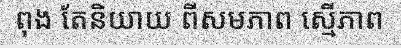
ពុង តែនិយាយ ពីសមភាព ស្មើភាព